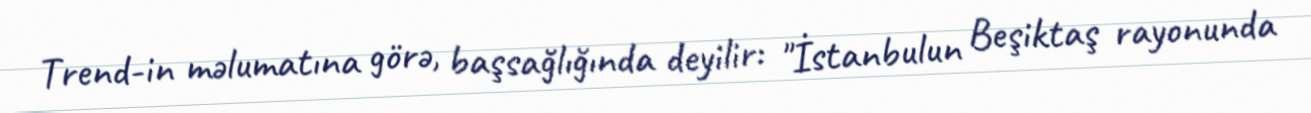
Trend-in məlumatına görə, başsağlığında deyilir: "İstanbulun Beşiktaş rayonunda